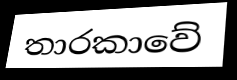
තාරකාවේ